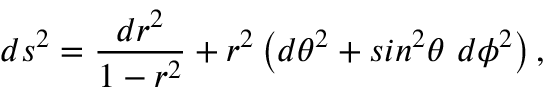
d s ^ { 2 } = \frac { d r ^ { 2 } } { 1 - r ^ { 2 } } + r ^ { 2 } \left( d \theta ^ { 2 } + s i n ^ { 2 } \theta \ d \phi ^ { 2 } \right) ,